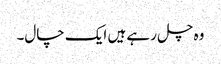
وہ چل رہے ہیں ایک چال۔